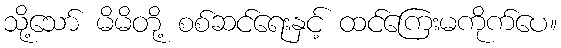
သို့သော် မိမိတို့ စစ်ဆင်ရေးနှင့် ထင်ကြေးမကိုက်ပေ။